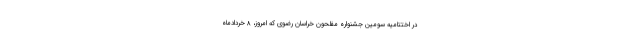
در اختتامیه سومین جشنواره مفلحون خراسان رضوی که امروز، ۸ خردادماه